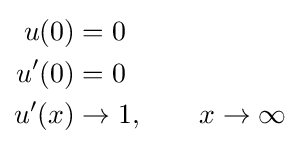
{\begin{aligned}u(0)&=0\\u^{\prime }(0)&=0\\u^{\prime }(x)&\to 1,\qquad x\to \infty \end{aligned}}